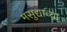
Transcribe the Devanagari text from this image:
मसुद्याच्या